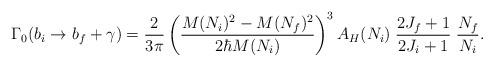
LaTeX: \begin{align*}\Gamma_0(b_i \to b_f + \gamma) = {2 \over 3\pi} \left( {M(N_i)^2 - M(N_f)^2 \over 2 \hbar M(N_i)} \right)^3 A_H(N_i) \; {2J_f+1\over2J_i+1} \;{ N_f \over N_i }.\end{align*}